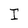
Character: I